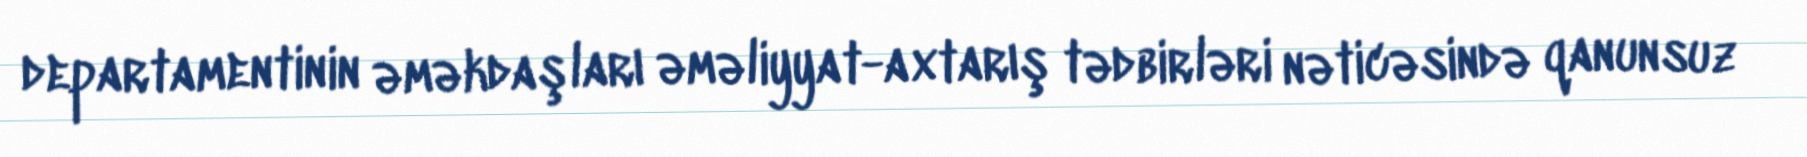
departamentinin əməkdaşları əməliyyat-axtarış tədbirləri nəticəsində qanunsuz